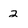
Character: 2